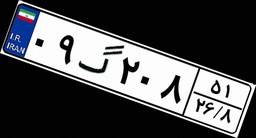
۰۹گ۲۰۸۵۱